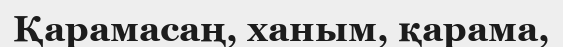
Қарамасаң, ханым, қарама,